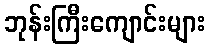
ဘုန်းကြီးကျောင်းများ